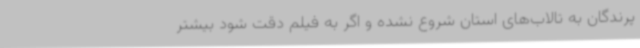
پرندگان به تالاب‌های استان شروع نشده و اگر به فیلم دقت شود بیشتر